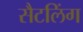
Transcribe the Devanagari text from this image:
सैटलिंग